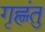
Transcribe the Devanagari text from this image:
गृह्णंतु